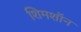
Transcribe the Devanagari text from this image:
शिमशॉन